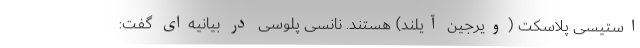
استیسی پلاسکت (ویرجین آیلند) هستند. نانسی پلوسی در بیانیه‌ای گفت: